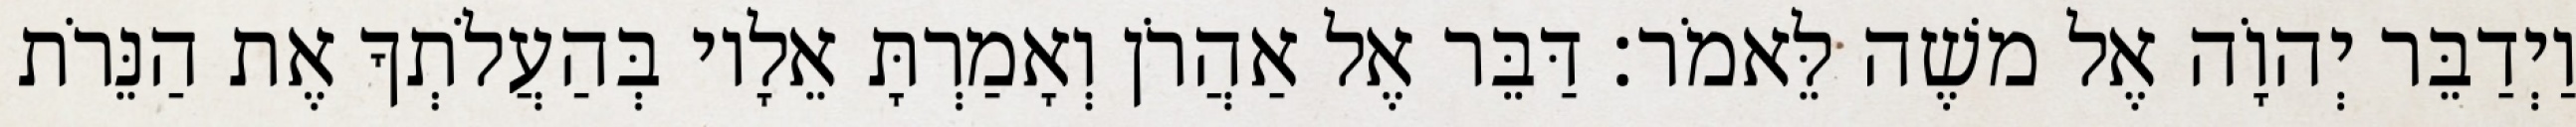
וַיְדַבֵּר יְהוָֹה אֶל משֶׁה לֵּאמֹר׃ דַּבֵּר אֶל אַהֲרֹן וְאָמַרְתָּ אֵלָיו בְּהַעֲלֹתְךָ אֶת הַנֵּרֹת